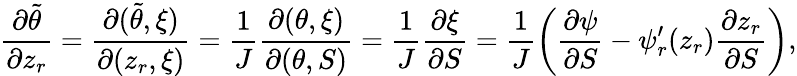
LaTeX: \frac{\partial\tilde{\theta}}{\partial z_{r}}=\frac{\partial(\tilde{\theta},\xi)}{\partial(z_{r},\xi)}=\frac{1}{J}\frac{\partial(\theta,\xi)}{\partial(\theta,S)}=\frac{1}{J}\frac{\partial\xi}{\partial S}=\frac{1}{J}\left(\frac{\partial\psi}{\partial S}-\psi_{r}^{\prime}(z_{r})\frac{\partial z_{r}}{\partial S}\right),